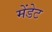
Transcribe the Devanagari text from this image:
मेंडेट